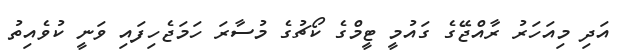
އަދި މިއަހަރު ރާއްޖޭގެ ގައުމީ ޓީމްގެ ކޯޗުގެ މުސާރަ ހަމަޖެހިފައި ވަނީ ކުވެއިތު